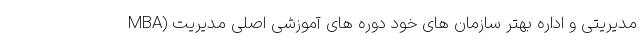
مدیریتی و اداره بهتر سازمان های خود دوره های آموزشی اصلی مدیریت (MBA